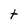
Character: t